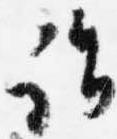
詣